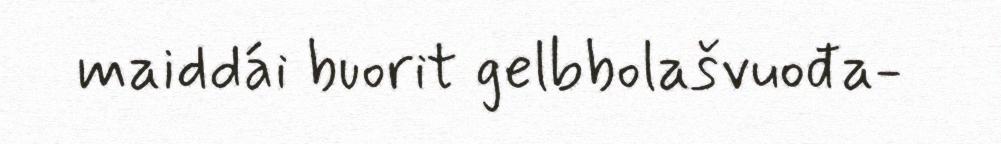
maiddái buorit gelbbolašvuođa-